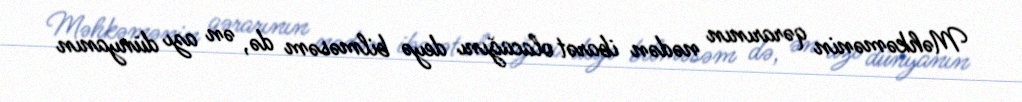
Məhkəmənin qərarının nədən ibarət olacağını deyə bilməsəm də, ən azı dünyanın